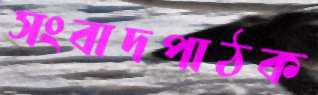
সংবাদপাঠক